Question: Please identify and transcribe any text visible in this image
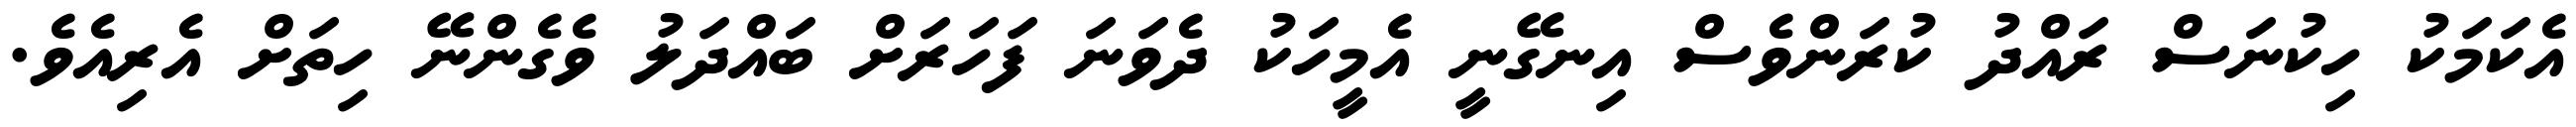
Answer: އެކަމަކު ހިކުނަސް ރައްދު ކުރަންވެސް އިނގޭނީ އެމީހަކު ދެވަނަ ފަހަރަށް ބައްދަލު ވެގެންނޭ ހިތަށް އެރިއެވެ.